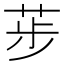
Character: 荹